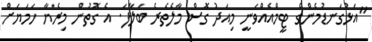
"އަޅުގަނޑުމެންގެ ޓީމްއެއްވަނީ މިއަދު ގޮސް މާލެތެރެ ބަލާފަ. އެ ގޮތުން މިރެޔާ ހަަމަޔަށް